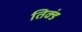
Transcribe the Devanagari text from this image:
तिक्डं